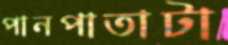
পানপাতাটা